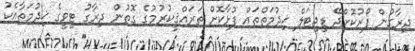
ދިރާގުން ފޯރުކޮށްދޭ ޑިޖިޓަލް ޚިދުމަތްތައް ފުޅާކޮށް ތަރައްޤީކުރުމުގެ ގޮތުން ދިރާގު ޓީވީގެ ޚިދުމަތާއެކު